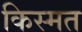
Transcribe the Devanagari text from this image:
किस्‍मत